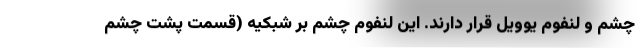
چشم و لنفوم یوویل قرار دارند. این لنفوم چشم بر شبکیه (قسمت پشت چشم